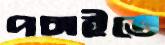
পচাইতে